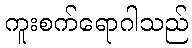
ကူးစက်ရောဂါသည်